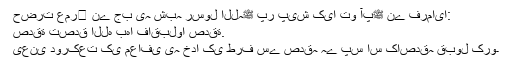
حضرت عمر﷜ نے جب یہ شبہ رسول اللہﷺ پر پیش کیا تو آپﷺ نے فرمایا:
صدقة تصدق الله بها فاقبلوا صدقة.
یعنی دورکعت کی معافی یہ خدا کی طرف سے صدقہ ہے پس اس کاصدقہ قبول کرو۔